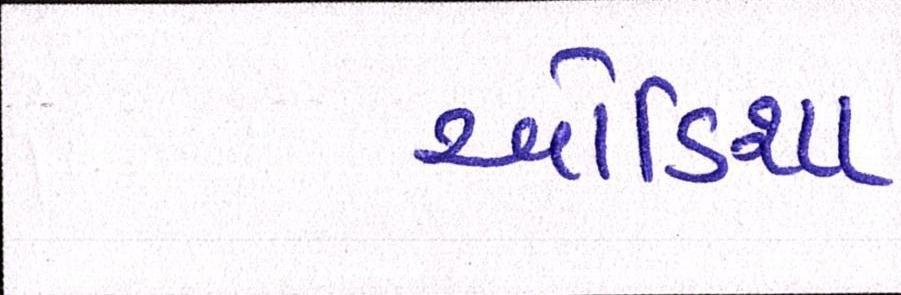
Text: ઓડિશા